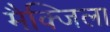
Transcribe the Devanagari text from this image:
मैक्जिला